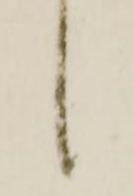
々